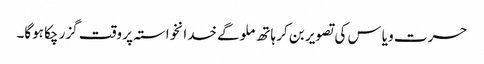
حسرت و یاس کی تصویر بن کر ہاتھ ملوگے خدانخواستہ پر وقت گزر چکا ہوگا۔